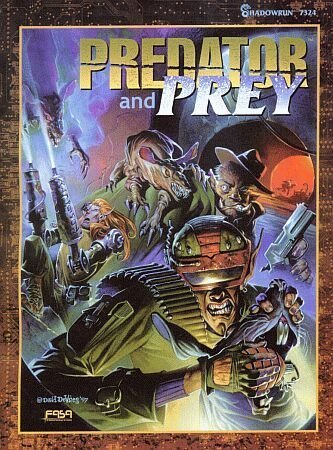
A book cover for Predator and Prey (Shadowrun); Fasa; Science Fiction & Fantasy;